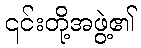
၎င်းတို့အဖွဲ့၏